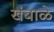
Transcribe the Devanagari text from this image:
खंबाळे